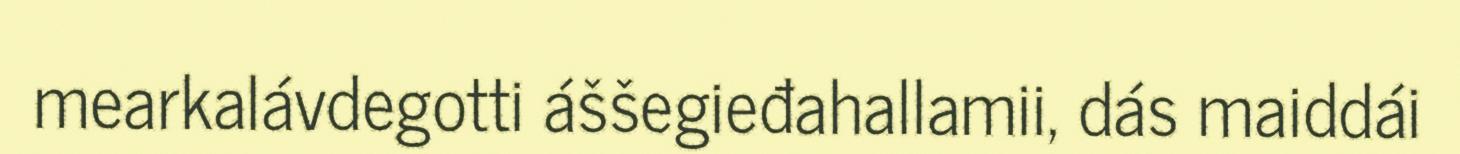
mearkalávdegotti áššegieđahallamii, dás maiddái